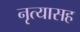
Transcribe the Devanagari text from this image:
नृत्यासह